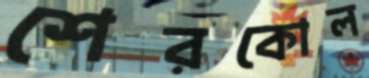
শেরকোল